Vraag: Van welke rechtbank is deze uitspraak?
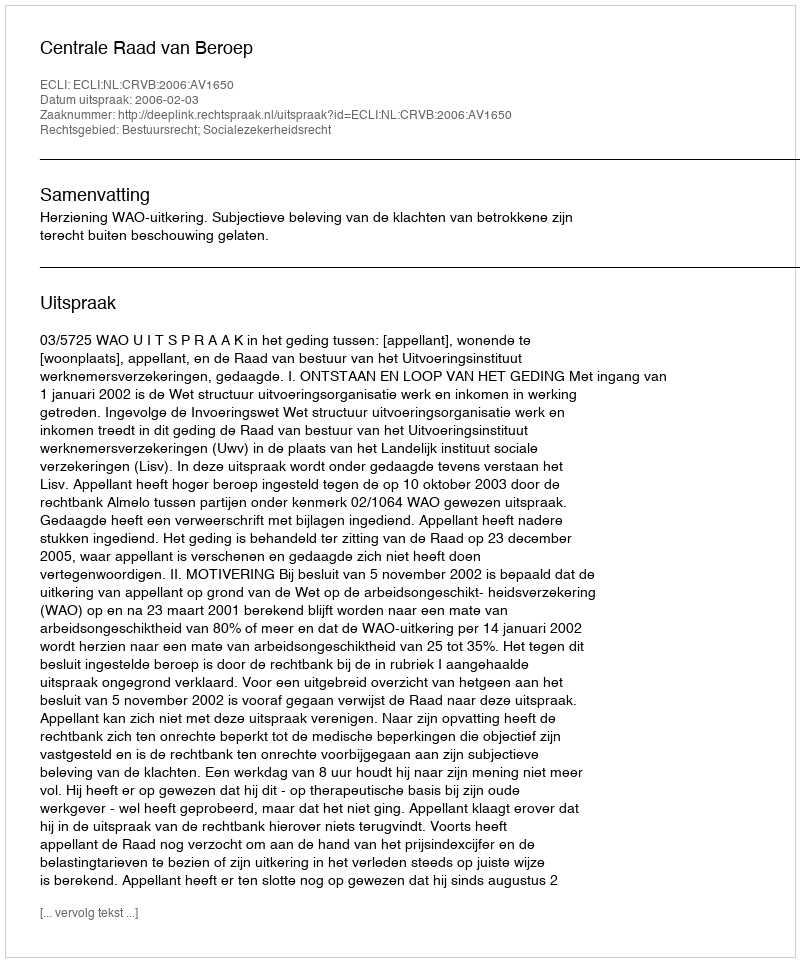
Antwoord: Centrale Raad van Beroep